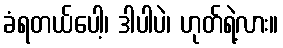
ခံရတယ်ပေါ့၊ ဒါပါပဲ၊ ဟုတ်ရဲ့လား။